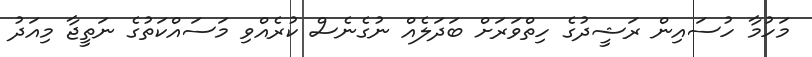
މަހުމާ ހުސައިން ރަޝީދުގެ ހިތްވަރަށް ބަދަލެއް ނުގެނެސް ކުރެއްވި މަސައްކަތުގެ ނަތީޖާ މިއަދު